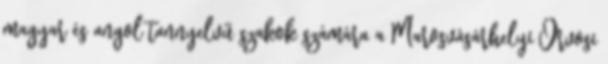
magyar és angol tannyelvű szakok számára a Marosvásárhelyi Orvosi